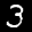
Digit: 3